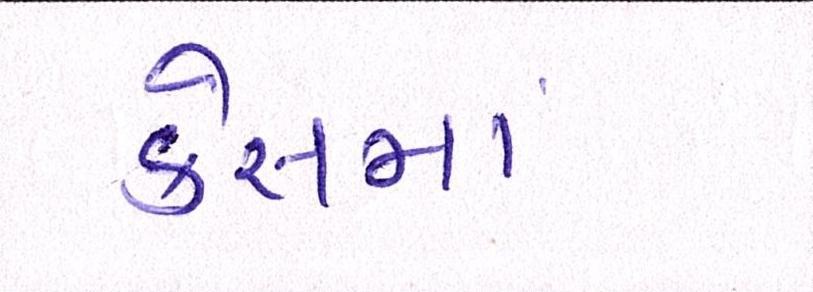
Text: કેસમાં